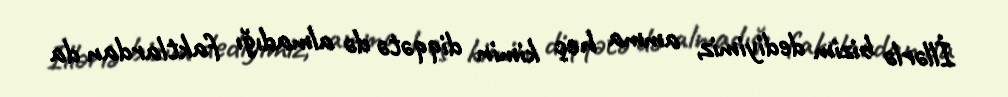
İllərlə bizim dediyimiz, amma heç kimin diqqətə də almadığı faktlardan da